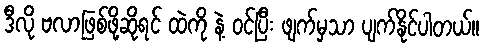
ဒီလို ဗလာဖြစ်ဖို့ဆိုရင် ထဲကို နဲ့ ဝင်ပြီး ဖျက်မှသာ ပျက်နိုင်ပါတယ်။